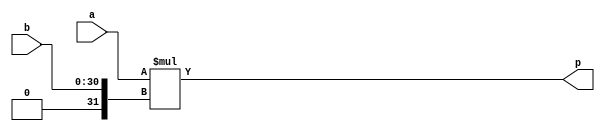
module hls_xfft2real_mul_32s_31ns_63_1_1_Multiplier_2(a, b, p);
input[32 - 1 : 0] a; 
input[31 - 1 : 0] b; 
output[63 - 1 : 0] p;

assign p = $signed(a) * $signed({1'b0, b});
endmodule